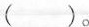
（）